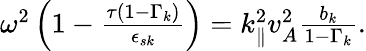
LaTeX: \begin{array}{r}{\omega^{2}\left(1-\frac{\tau\left(1-\Gamma_{k}\right)}{\epsilon_{s{k}}}\right)=k_{\parallel}^{2}v_{A}^{2}\frac{b_{k}}{1-\Gamma_{k}}.}\end{array}